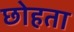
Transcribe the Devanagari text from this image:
छोहता